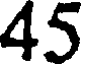
45